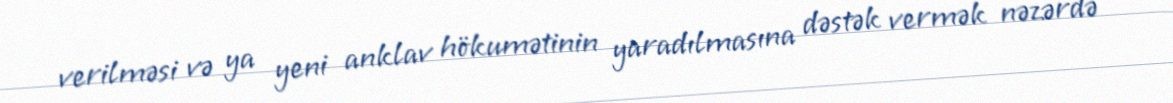
verilməsi və ya yeni anklav hökumətinin yaradılmasına dəstək vermək nəzərdə